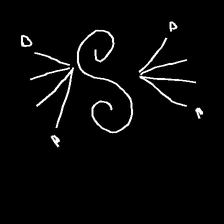
Glyph: aeroform